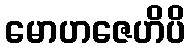
မောဟဇေဟိပိ